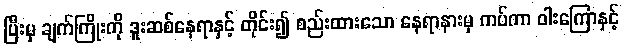
ပြီးမှ ချက်ကြိုးကို ဒူးဆစ်နေရာနှင့် တိုင်း၍ စည်းထားသော နေရာနားမှ ကပ်ကာ ဝါးကြောနှင့်